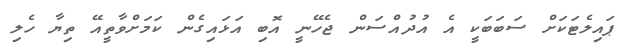
ޕައިލެޓަކަށް ސަބަބަކީ އެ އުދުއްސަން ޖެހޭނީ އޮބި އަޅައިގެން ކަމަށްވާތީއޭ ތިޔާ ހެލި